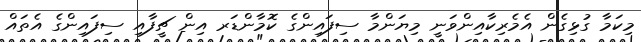
މިކަމާ ގުޅިގެން އެމެރިކާއިންވަނީ މިޔަންމާ ސިފައިންގެ ކޮމާންޑަރ އިން ޗީފާއި ސިފައިންގެ އެތައް